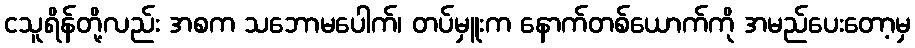
ငသူရိန်တို့လည်း အစက သဘောမပေါက်၊ တပ်မှူးက နောက်တစ်ယောက်ကို အမည်ပေးတော့မှ